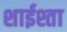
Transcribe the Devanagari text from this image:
शाईश्ता